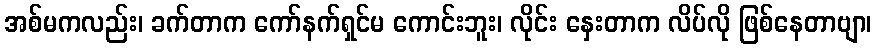
အစ်မကလည်း၊ ခက်တာက ကော်နက်ရှင်မ ကောင်းဘူး၊ လိုင်း နှေးတာက လိပ်လို ဖြစ်နေတာဗျာ၊